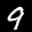
Label: 9